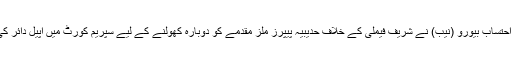
قومی احتساب بیورو (نیب) نے شریف فیملی کے خلاف حدیبیہ پیپرز ملز مقدمے کو دوبارہ کھولنے کے لیے سپریم کورٹ میں اپیل دائر کی تھی۔